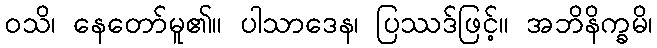
ဝသိ၊ နေတော်မူ၏။ ပါသာဒေန၊ ပြဿဒ်ဖြင့်။ အဘိနိက္ခမိ၊